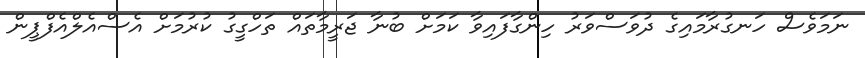
ނަމަވެސް ހަނގުރާމައިގެ ދުވަސްވަރު ހިންގާފައިވާ ކަމަށް ބުނާ ޖަރީމާތައް ތަހްގީގު ކުރުމަށް އެސްއެލްއެފްޕީން